Civil Veterinary Dept. North-West Frontier Province 1933-46 - 1933-1946
Year: 1933
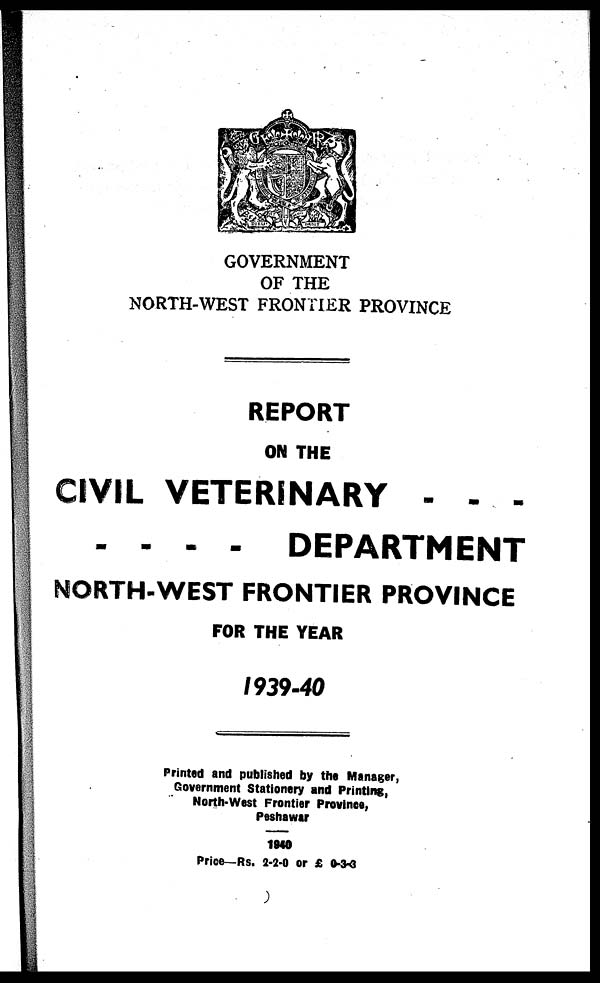
GOVERNMENT
OF THE
NORTH-WEST FRONTIER PROVINCE
REPORT
ON THE
CIVIL VETERINARY - - -
- - - - DEPARTMENT
NORTH-WEST FRONTIER PROVINCE
FOR THE YEAR
1939-40
Printed and published by the Manager,
Government Stationery and Printing,
North-West Frontier Province,
Peshawar
1940
Price—Rs. 2-2-0 or £ 0-3-3